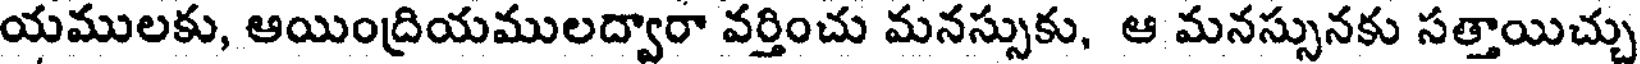
యములకు, ఆయింద్రియములద్వారా వర్తించు మనస్సుకు, ఆ మనస్సునకు సత్తాయిచ్చు